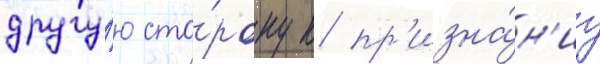
другу́ю сто́рону к пр'изна́н'иу